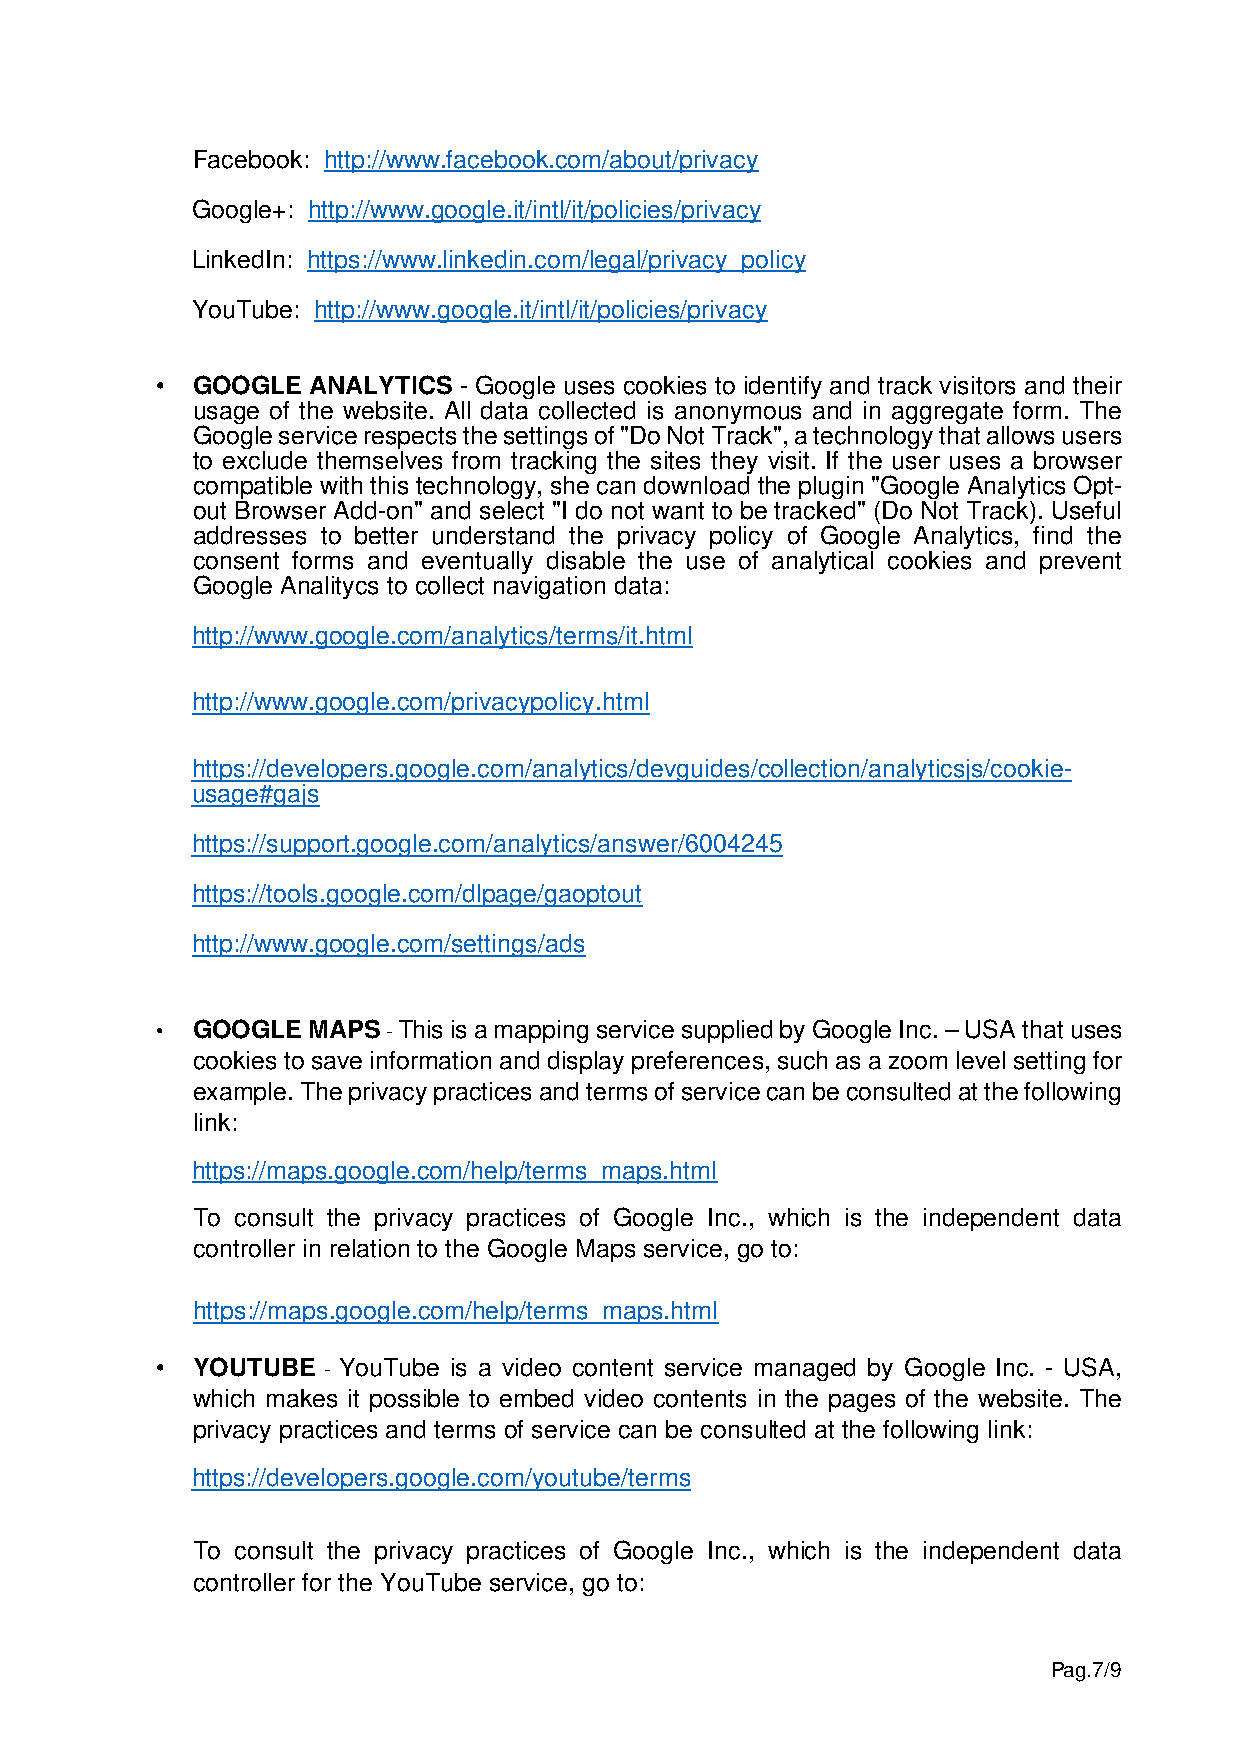
Facebook: http://www.facebook.com/about/privacy
 Google+: http://www.google.it/intl/it/policies/privacy
 LinkedIn: https://www.linkedin.com/legal/privacy_policy
 YouTube: http://www.google.it/intl/it/policies/privacy
 •  GOOGLE  ANALYTICS - Google uses cookies to identify and track visitors and their
 usage of the website. All data collected is anonymous and in aggregate form. The
 Google service respects the settings of "Do Not Track", a technology that allows users
 to exclude themselves from tracking the sites they visit. If the user uses a browser
 compatible with this technology, she can download the plugin "Google Analytics Opt-
 out Browser Add-on" and select "I do not want to be tracked" (Do Not Track). Useful
 addresses to better understand the privacy policy of Google Analytics, find the
 consent forms and eventually disable the use of analytical cookies and prevent
 Google Analitycs to collect navigation data:
 http://www.google.com/analytics/terms/it.html
 http://www.google.com/privacypolicy.html
 https://developers.google.com/analytics/devguides/collection/analyticsjs/cookie-
 usage#gajs
 https://support.google.com/analytics/answer/6004245
 https://tools.google.com/dlpage/gaoptout
 http://www.google.com/settings/ads
 •  GOOGLE MAPS  - This is a mapping service supplied by Google Inc. – USA that uses
 cookies to save information and display preferences, such as a zoom level setting for
 example. The privacy practices and terms of service can be consulted at the following
 link:
 https://maps.google.com/help/terms_maps.html
 To consult the privacy practices of Google Inc., which is the independent data
 controller in relation to the Google Maps service, go to:
 https://maps.google.com/help/terms_maps.html
 •  YOUTUBE - YouTube is a video content service managed by Google Inc. - USA,
 which makes it possible to embed video contents in the pages of the website. The
 privacy practices and terms of service can be consulted at the following link:
 https://developers.google.com/youtube/terms
 To consult the privacy practices of Google Inc., which is the independent data
 controller for the YouTube service, go to:
 Pag.7/9